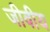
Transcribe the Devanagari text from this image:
जीवीय